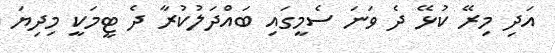
އަދި މިރޭ ކުޅޭ ދެ ވަނަ ސެމީގައި ބައްދަލުކުރާ ދެ ޓީމަކީ މިދިޔަ